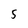
Character: 5